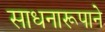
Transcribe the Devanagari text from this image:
साधनारूपाने